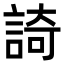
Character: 䛴